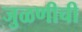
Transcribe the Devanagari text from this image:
जुळणीची